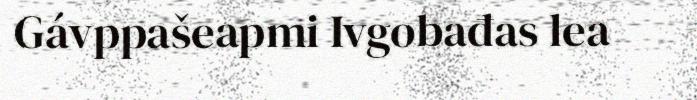
Gávppašeapmi Ivgobađas lea